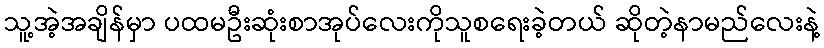
သူ့အဲ့အချိန်မှာ ပထမဦးဆုံးစာအုပ်လေးကိုသူစရေးခဲ့တယ် ဆိုတဲ့နာမည်လေးနဲ့